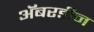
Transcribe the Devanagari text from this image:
अॅबरडीन